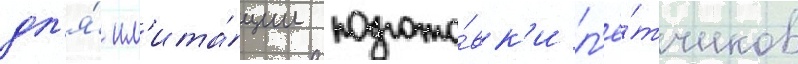
дл'я́ им'ита́ции подгото́вк'и л'ё́тчиков